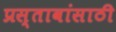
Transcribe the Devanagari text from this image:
प्रस्तावांसाठी